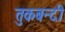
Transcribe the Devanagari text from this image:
तुकबन्दी